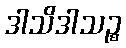
ဒါသိဒါသဉ္စ